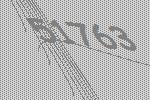
51763